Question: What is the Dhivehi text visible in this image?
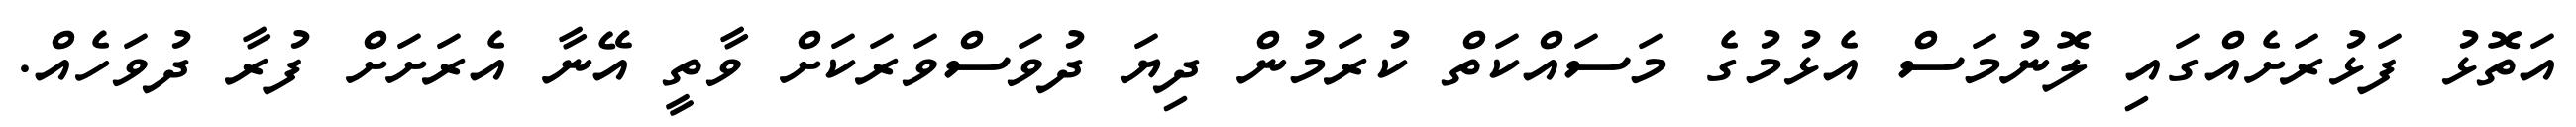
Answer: އަތޮޅު ފަޅުރަށެއްގައި ލޮނުމަސް އެޅުމުގެ މަސައްކަތް ކުރަމުން ދިޔަ ދުވަސްވަރަކަށް ވާތީ އޭނާ އެރަށަށް ފުރާ ދުވަހެއް.